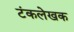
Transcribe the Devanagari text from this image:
टंकलेखक